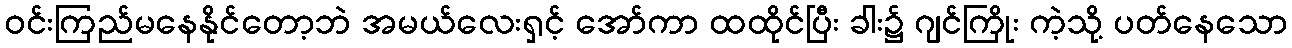
ဝင်းကြည်မနေနိုင်တော့ဘဲ အမယ်လေးရှင့် အော်ကာ ထထိုင်ပြီး ခါး၌ ဂျင်ကြိုး ကဲ့သို့ ပတ်နေသော